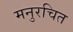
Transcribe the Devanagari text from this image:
मनुरचित